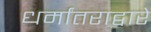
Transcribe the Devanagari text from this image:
धर्मांतराद्वारे